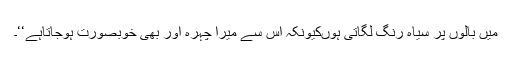
میں بالوں پر سیاہ رنگ لگاتی ہوںکیونکہ اس سے میرا چہرہ اور بھی خوبصورت ہوجاتاہے‘‘۔